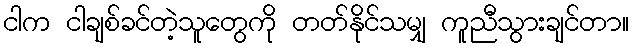
ငါက ငါချစ်ခင်တဲ့သူတွေကို တတ်နိုင်သမျှ ကူညီသွားချင်တာ။